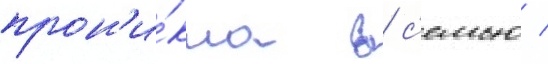
прон'и́кла в с'емью /